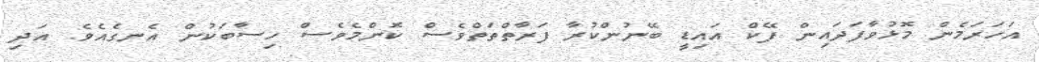
އަހަރަމެން މޮޅުވާފަދައިން ފޭކް އައިޑީ ބޭނުންކުރާ ފަރާތްތަތްވެސް ކޮންމެވެސް ހިސާބަކުން އެނގެއެވެ. އަދި